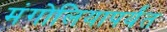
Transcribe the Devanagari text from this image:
मंगोलियापर्यंत